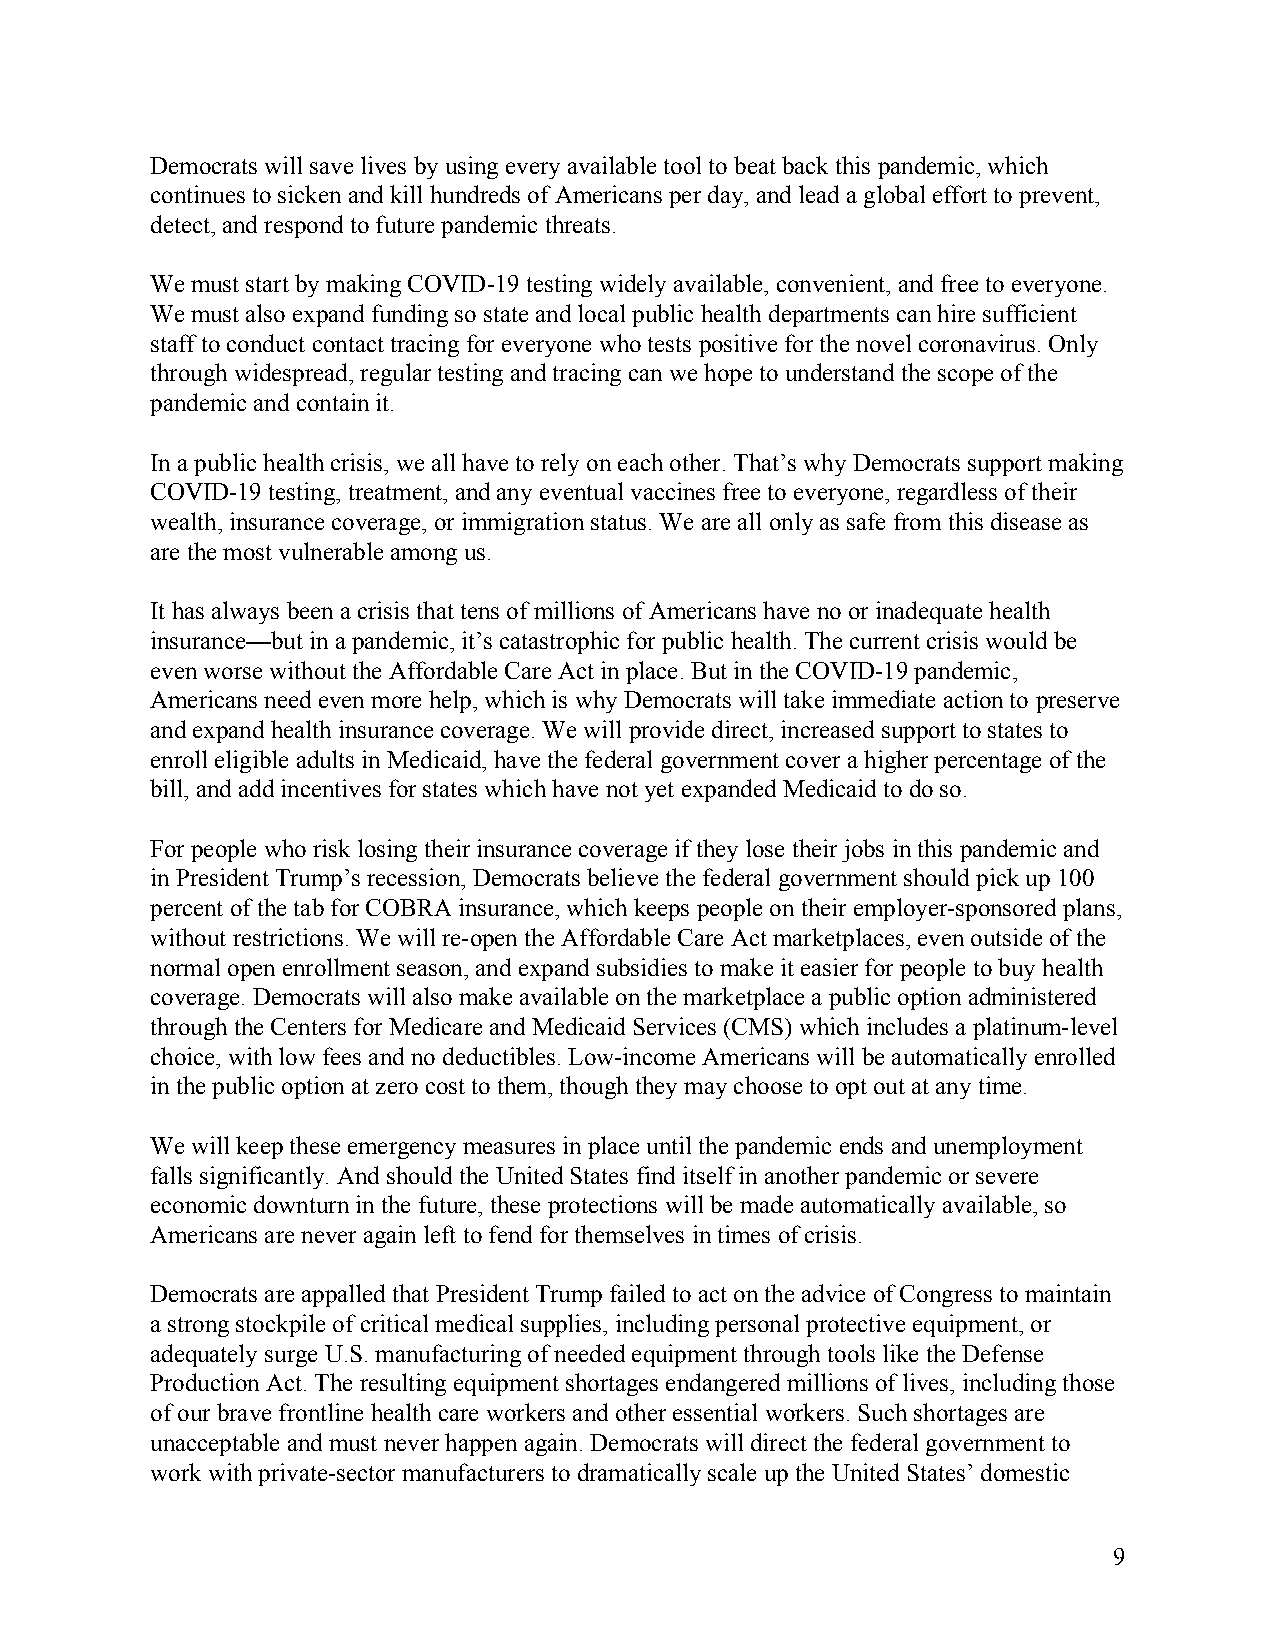
Democrats will save lives by using every available tool to beat back this pandemic, which
 continues to sicken and kill hundreds of Americans per day, and lead a global effort to prevent,
 detect, and respond to future pandemic threats.
 We must start by making COVID-19 testing widely available, convenient, and free to everyone.
 We must also expand funding so state and local public health departments can hire sufficient
 staff to conduct contact tracing for everyone who tests positive for the novel coronavirus. Only
 through widespread, regular testing and tracing can we hope to understand the scope of the
 pandemic and contain it.
 In a public health crisis, we all have to rely on each other. That’s why Democrats support making
 COVID-19 testing, treatment, and any eventual vaccines free to everyone, regardless of their
 wealth, insurance coverage, or immigration status. We are all only as safe from this disease as
 are the most vulnerable among us.
 It has always been a crisis that tens of millions of Americans have no or inadequate health
 insurance—but in a pandemic, it’s catastrophic for public health. The current crisis would be
 even worse without the Affordable Care Act in place. But in the COVID-19 pandemic,
 Americans need even more help, which is why Democrats will take immediate action to preserve
 and expand health insurance coverage. We will provide direct, increased support to states to
 enroll eligible adults in Medicaid, have the federal government cover a higher percentage of the
 bill, and add incentives for states which have not yet expanded Medicaid to do so.
 For people who risk losing their insurance coverage if they lose their jobs in this pandemic and
 in President Trump’s recession, Democrats believe the federal government should pick up 100
 percent of the tab for COBRA insurance, which keeps people on their employer-sponsored plans,
 without restrictions. We will re-open the Affordable Care Act marketplaces, even outside of the
 normal open enrollment season, and expand subsidies to make it easier for people to buy health
 coverage. Democrats will also make available on the marketplace a public option administered
 through the Centers for Medicare and Medicaid Services (CMS) which includes a platinum-level
 choice, with low fees and no deductibles. Low-income Americans will be automatically enrolled
 in the public option at zero cost to them, though they may choose to opt out at any time.
 We will keep these emergency measures in place until the pandemic ends and unemployment
 falls significantly. And should the United States find itself in another pandemic or severe
 economic downturn in the future, these protections will be made automatically available, so
 Americans are never again left to fend for themselves in times of crisis.
 Democrats are appalled that President Trump failed to act on the advice of Congress to maintain
 a strong stockpile of critical medical supplies, including personal protective equipment, or
 adequately surge U.S. manufacturing of needed equipment through tools like the Defense
 Production Act. The resulting equipment shortages endangered millions of lives, including those
 of our brave frontline health care workers and other essential workers. Such shortages are
 unacceptable and must never happen again. Democrats will direct the federal government to
 work with private-sector manufacturers to dramatically scale up the United States’ domestic
 9